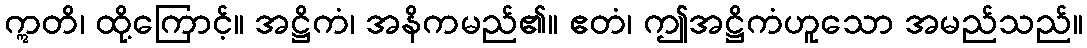
ဣတိ၊ ထို့ကြောင့်။ အဋ္ဌိကံ၊ အနိကမည်၏။ ဧတံ၊ ဤအဋ္ဌိကံဟူသော အမည်သည်။